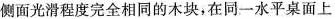
侧面光滑程度完全相同的木块，在同一水平桌面上